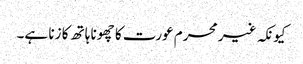
کیونکہ غیر محرم عورت کا چھونا ہاتھ کا زنا ہے۔